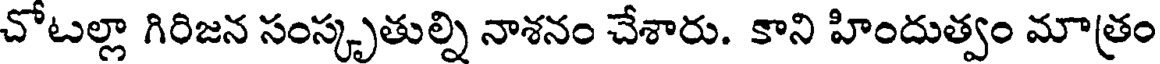
చోటల్లా గిరిజన సంస్కృతుల్ని నాశనం చేశారు. కాని హిందుత్వం మాత్రం